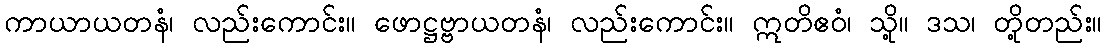
ကာယာယတနံ၊ လည်းကောင်း။ ဖောဋ္ဌဗ္ဗာယတနံ၊ လည်းကောင်း။ ဣတိဧဝံ၊ သို့။ ဒသ၊ တို့တည်း။